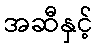
အဆီနှင့်